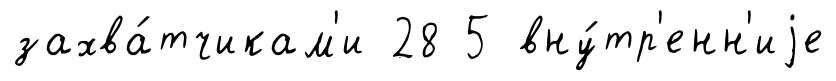
захва́тчикам'и 28 5 вну́тр'енн'иjе